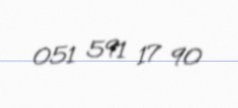
051 591 17 90